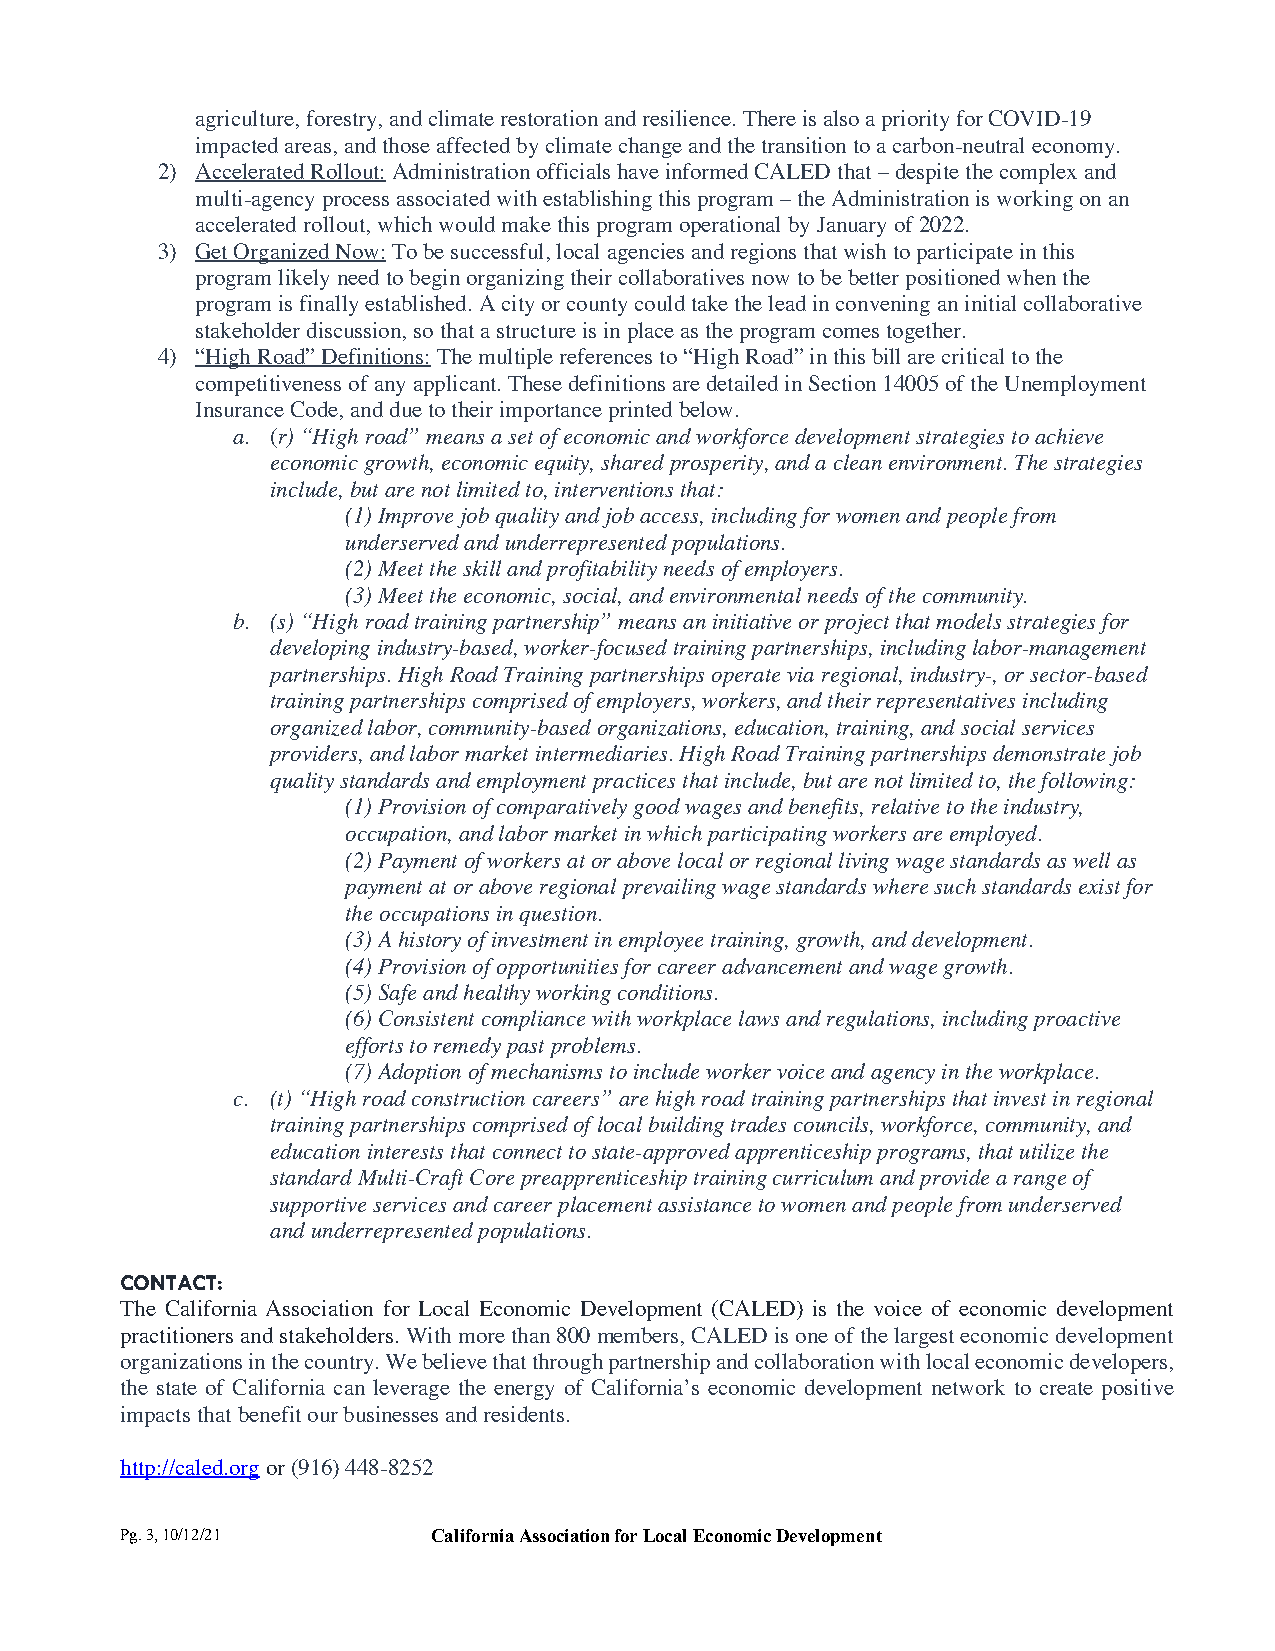
agriculture, forestry, and climate restoration and resilience. There is also a priority for COVID-19
 impacted areas, and those affected by climate change and the transition to a carbon-neutral economy.
 2) Accelerated Rollout: Administration officials have informed CALED that – despite the complex and
 multi-agency process associated with establishing this program – the Administration is working on an
 accelerated rollout, which would make this program operational by January of 2022.
 3) Get Organized Now: To be successful, local agencies and regions that wish to participate in this
 program likely need to begin organizing their collaboratives now to be better positioned when the
 program is finally established. A city or county could take the lead in convening an initial collaborative
 stakeholder discussion, so that a structure is in place as the program comes together.
 4) “High Road” Definitions: The multiple references to “High Road” in this bill are critical to the
 competitiveness of any applicant. These definitions are detailed in Section 14005 of the Unemployment
 Insurance Code, and due to their importance printed below.
 a. (r) “High road” means a set of economic and workforce development strategies to achieve
 economic growth, economic equity, shared prosperity, and a clean environment. The strategies
 include, but are not limited to, interventions that:
 (1) Improve job quality and job access, including for women and people from
 underserved and underrepresented populations.
 (2) Meet the skill and profitability needs of employers.
 (3) Meet the economic, social, and environmental needs of the community.
 b. (s) “High road training partnership” means an initiative or project that models strategies for
 developing industry-based, worker-focused training partnerships, including labor-management
 partnerships. High Road Training partnerships operate via regional, industry-, or sector-based
 training partnerships comprised of employers, workers, and their representatives including
 organized labor, community-based organizations, education, training, and social services
 providers, and labor market intermediaries. High Road Training partnerships demonstrate job
 quality standards and employment practices that include, but are not limited to, the following:
 (1) Provision of comparatively good wages and benefits, relative to the industry,
 occupation, and labor market in which participating workers are employed.
 (2) Payment of workers at or above local or regional living wage standards as well as
 payment at or above regional prevailing wage standards where such standards exist for
 the occupations in question.
 (3) A history of investment in employee training, growth, and development.
 (4) Provision of opportunities for career advancement and wage growth.
 (5) Safe and healthy working conditions.
 (6) Consistent compliance with workplace laws and regulations, including proactive
 efforts to remedy past problems.
 (7) Adoption of mechanisms to include worker voice and agency in the workplace.
 c. (t) “High road construction careers” are high road training partnerships that invest in regional
 training partnerships comprised of local building trades councils, workforce, community, and
 education interests that connect to state-approved apprenticeship programs, that utilize the
 standard Multi-Craft Core preapprenticeship training curriculum and provide a range of
 supportive services and career placement assistance to women and people from underserved
 and underrepresented populations.
 CONTACT:
 The California Association for Local Economic Development (CALED) is the voice of economic development
 practitioners and stakeholders. With more than 800 members, CALED is one of the largest economic development
 organizations in the country. We believe that through partnership and collaboration with local economic developers,
 the state of California can leverage the energy of California’s economic development network to create positive
 impacts that benefit our businesses and residents.
 http://caled.org or (916) 448-8252
 Pg. 3, 10/12/21      California Association for Local Economic Development